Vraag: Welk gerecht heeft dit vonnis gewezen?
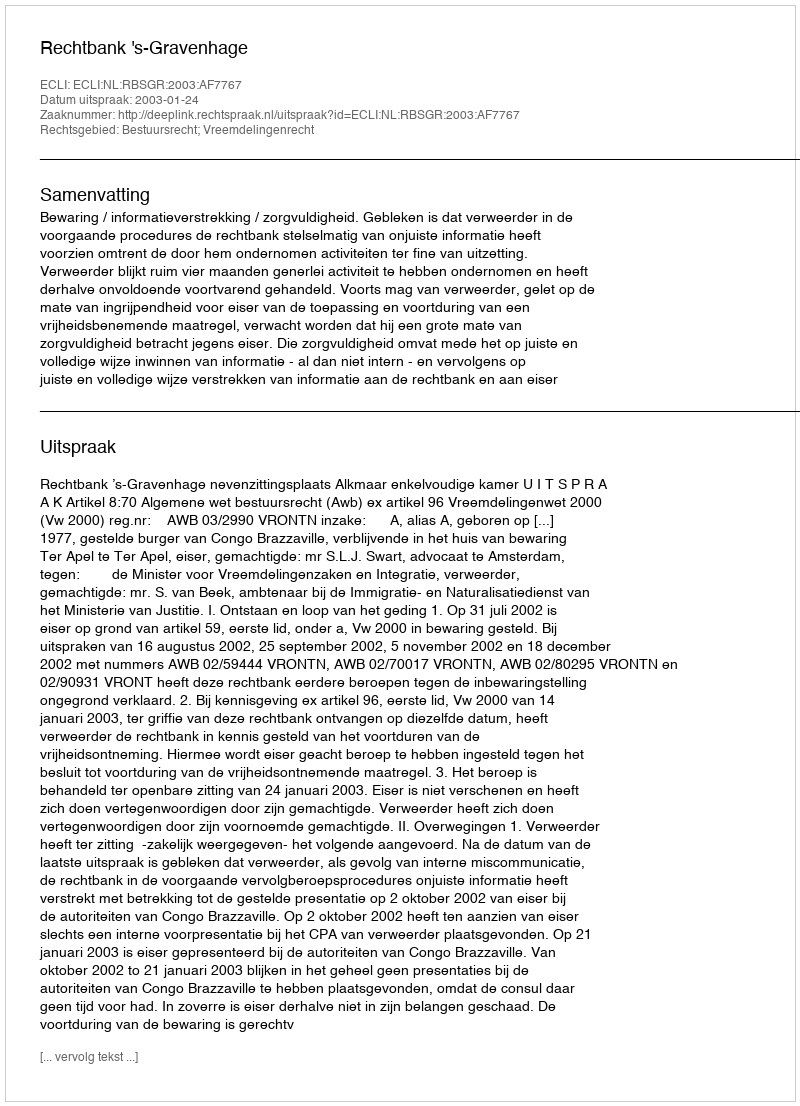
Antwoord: Rechtbank 's-Gravenhage